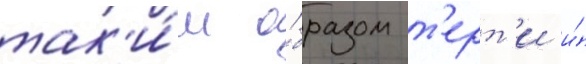
так'и́м о́бразом т'ерт'и и́